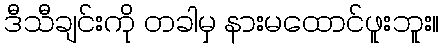
ဒီသီချင်းကို တခါမှ နားမထောင်ဖူးဘူး။